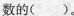
数的( )。